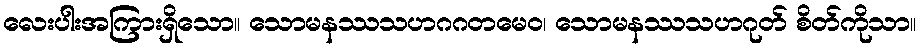
လေးပါးအကြားရှိသော။ သောမနဿသဟဂဂတမေဝ၊ သောမနဿသဟဂုတ် စိတ်ကိုသာ။